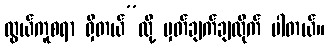
လွယ်ကူစရာ ရှိတယ်”လို့ မှတ်ချက်ချထိုက် ပါတယ်။